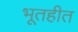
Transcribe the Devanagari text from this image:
भूतहीत